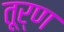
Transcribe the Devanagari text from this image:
तूर्ण